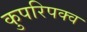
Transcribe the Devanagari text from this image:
कुपरिपक्व